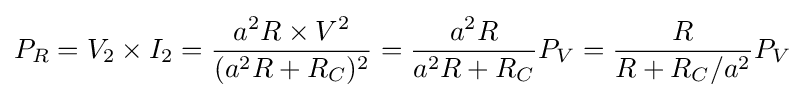
P_{R}=V_{2}\times I_{2}={\frac {a^{2}R\times V^{2}}{(a^{2}R+R_{C})^{2}}}={\frac {a^{2}R}{a^{2}R+R_{C}}}P_{V}={\frac {R}{R+R_{C}/a^{2}}}P_{V}